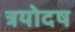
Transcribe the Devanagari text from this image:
त्रयोदष